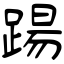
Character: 踼